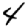
Digit: 4